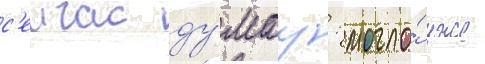
с'еичас ду́мау: могло́ уже